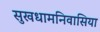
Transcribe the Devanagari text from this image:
सुखधामनिवासिया